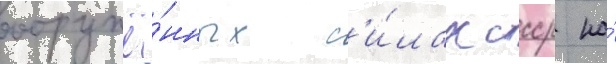
вооружё́нных с'и́лах ссср на́